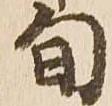
旬